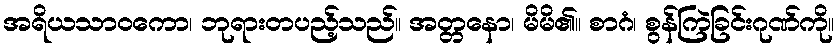
အရိယသာဝကော၊ ဘုရားတပည့်သည်။ အတ္တနော၊ မိမိ၏။ စာဂံ၊ စွန်ကြဲခြင်းဂုဏ်ကို။